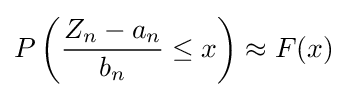
P\left({\frac {Z_{n}-a_{n}}{b_{n}}}\leq x\right)\approx F(x)